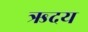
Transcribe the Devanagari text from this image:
ऋदय